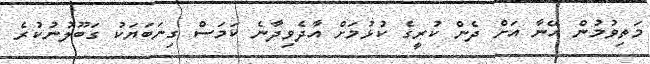
މަތިވުމުން އޭނާ އަށް ދެން ކުރީގެ ކުޅުމަށް އާދެވިދާނެ ކަމަސް ގިނަބަޔަކު ގަބޫލުނުކުރެ